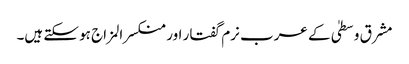
مشرق وسطیٰ کے عرب نرم گفتار اور منکسرالمزاج ہو سکتے ہیں۔